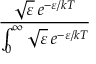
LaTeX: \frac { { \sqrt { \varepsilon } } \, e ^ { - \varepsilon / k T } } { \int _ { 0 } ^ { \infty } { \sqrt { \varepsilon } } \, e ^ { - \varepsilon / k T } }